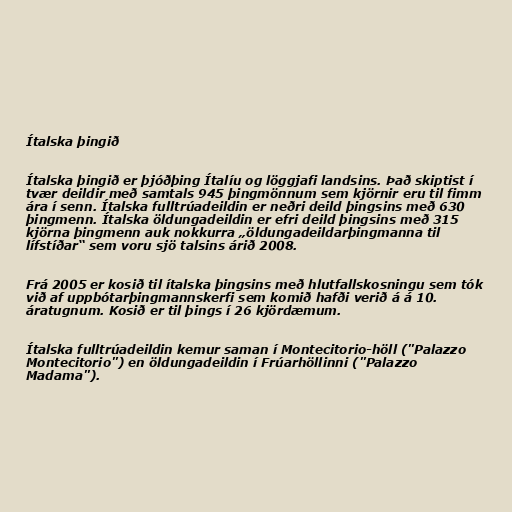
Ítalska þingið

Ítalska þingið er þjóðþing Ítalíu og löggjafi landsins. Það skiptist í
tvær deildir með samtals 945 þingmönnum sem kjörnir eru til fimm
ára í senn. Ítalska fulltrúadeildin er neðri deild þingsins með 630
þingmenn. Ítalska öldungadeildin er efri deild þingsins með 315
kjörna þingmenn auk nokkurra „öldungadeildarþingmanna til
lífstíðar“ sem voru sjö talsins árið 2008.

Frá 2005 er kosið til ítalska þingsins með hlutfallskosningu sem tók
við af uppbótarþingmannskerfi sem komið hafði verið á á 10.
áratugnum. Kosið er til þings í 26 kjördæmum.

Ítalska fulltrúadeildin kemur saman í Montecitorio-höll ("Palazzo
Montecitorio") en öldungadeildin í Frúarhöllinni ("Palazzo
Madama").